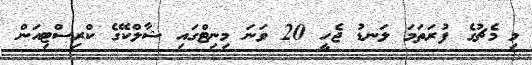
މި މެޗުގެ ފުރަތަމަ ލަނޑު ޖެހީ 20 ވަނަ މިނިޓްގައި ޝާލްކޭގެ ކްރިސްޓިއަން